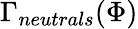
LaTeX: \Gamma_{neutrals}(\Phi)